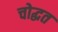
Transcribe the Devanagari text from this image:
चोद्धत